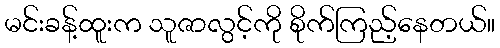
မင်းခန့်ထူးက သူဇာလွင့်ကို စိုက်ကြည့်နေတယ်။